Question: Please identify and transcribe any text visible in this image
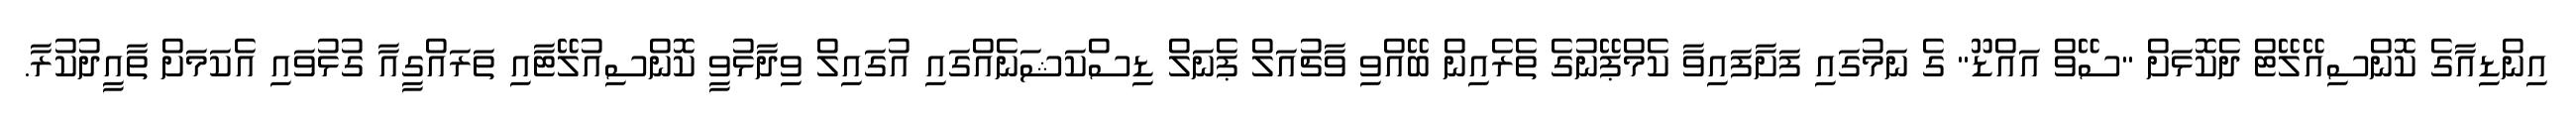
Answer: އިންޑިއާގެ ކޮންސިއޭލޭޓް ދެކޮޅަށް "ސޭވް އައްޑޫ" ގެ ނަމުގައި ފަށާފައިވާ ކެމްޕޭނުގެ ތެރެއިން ބޭއްވި ވާޗުއަލް ޕެނަލް ޑިސްކަޝަނެއްގައި އުގައިލް ވިދާޅުވީ ކޮންސިއުލޭޓާއި ތަރައްގީއާ ގުޅުވައި އެކަމަށް ތާއީދުކުރާ.